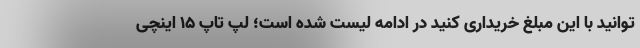
توانید با این مبلغ خریداری کنید در ادامه لیست شده است؛ لپ تاپ 15 اینچی